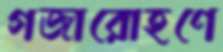
গজারোহণে